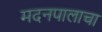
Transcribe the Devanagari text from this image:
मदनपालाचा